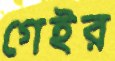
গেইর